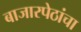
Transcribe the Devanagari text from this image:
बाजारपेठांचा